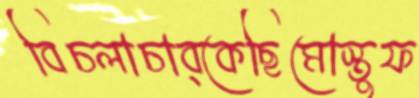
বিচলাচাব্‌কেছিমোস্তুফ